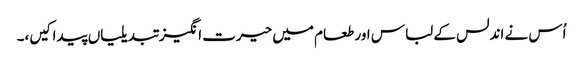
اُس نے اندلس کے لباس اور طعام میں حیرت انگیز تبدیلیاں پیدا کیں،۔